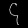
Digit: ၄